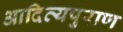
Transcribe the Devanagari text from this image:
आदित्यपुराण